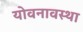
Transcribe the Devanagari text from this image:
योवनावस्था